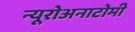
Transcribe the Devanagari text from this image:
न्यूरोअनाटोमी